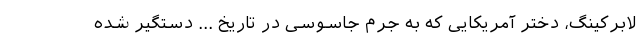
لابرکینگ، دختر آمریکایی که به جُرم جاسوسی در تاریخ ... دستگیر شده